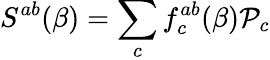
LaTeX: S^{ab}(\beta)=\sum_{c}f_{c}^{ab}(\beta){\cal P}_{c}